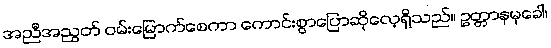
အညီအညွတ် ဝမ်းမြောက်စေကာ ကောင်းစွာပြောဆိုလေ့ရှိသည်။ ဥတ္တာနမုခေါ၊